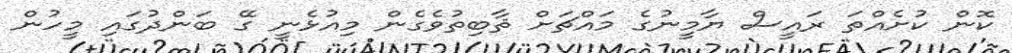
ކޮން ކުށެއްތަ ރައީސް ޔާމީނުގެ މައްޗަށް ޘާބިތުވެގެން މިއުޅެނީ ގޭ ބަންދުގައި މީހުން